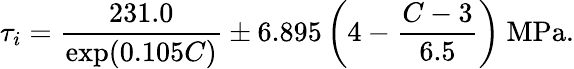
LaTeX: \tau_{i}=\frac{231.0}{\exp(0.105C)}\pm 6.895\left(4-\frac{C-3}{6.5}\right)\ \mathrm{MPa}.